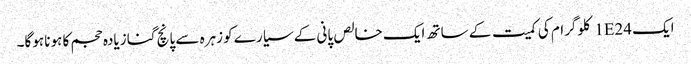
ایک 1E24 کلوگرام کی کمیت کے ساتھ ایک خالص پانی کے سیارے کو زہرہ سے پانچ گنا زیادہ حجم کا ہونا ہوگا۔